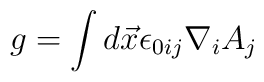
g=\int d\vec x \epsilon_{0ij}\nabla_i A_j